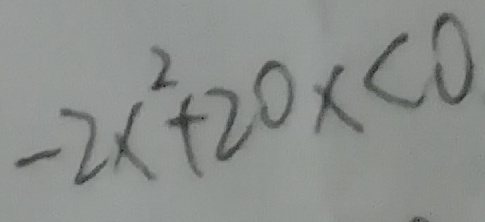
- 2 x ^ { 2 } + 2 0 x < 0